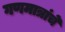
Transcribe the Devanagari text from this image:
गणमात्रांचे